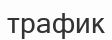
трафик